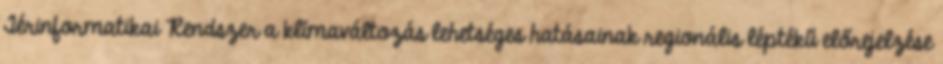
Térinformatikai Rendszer a klímaváltozás lehetséges hatásainak regionális léptékű előrejelzése